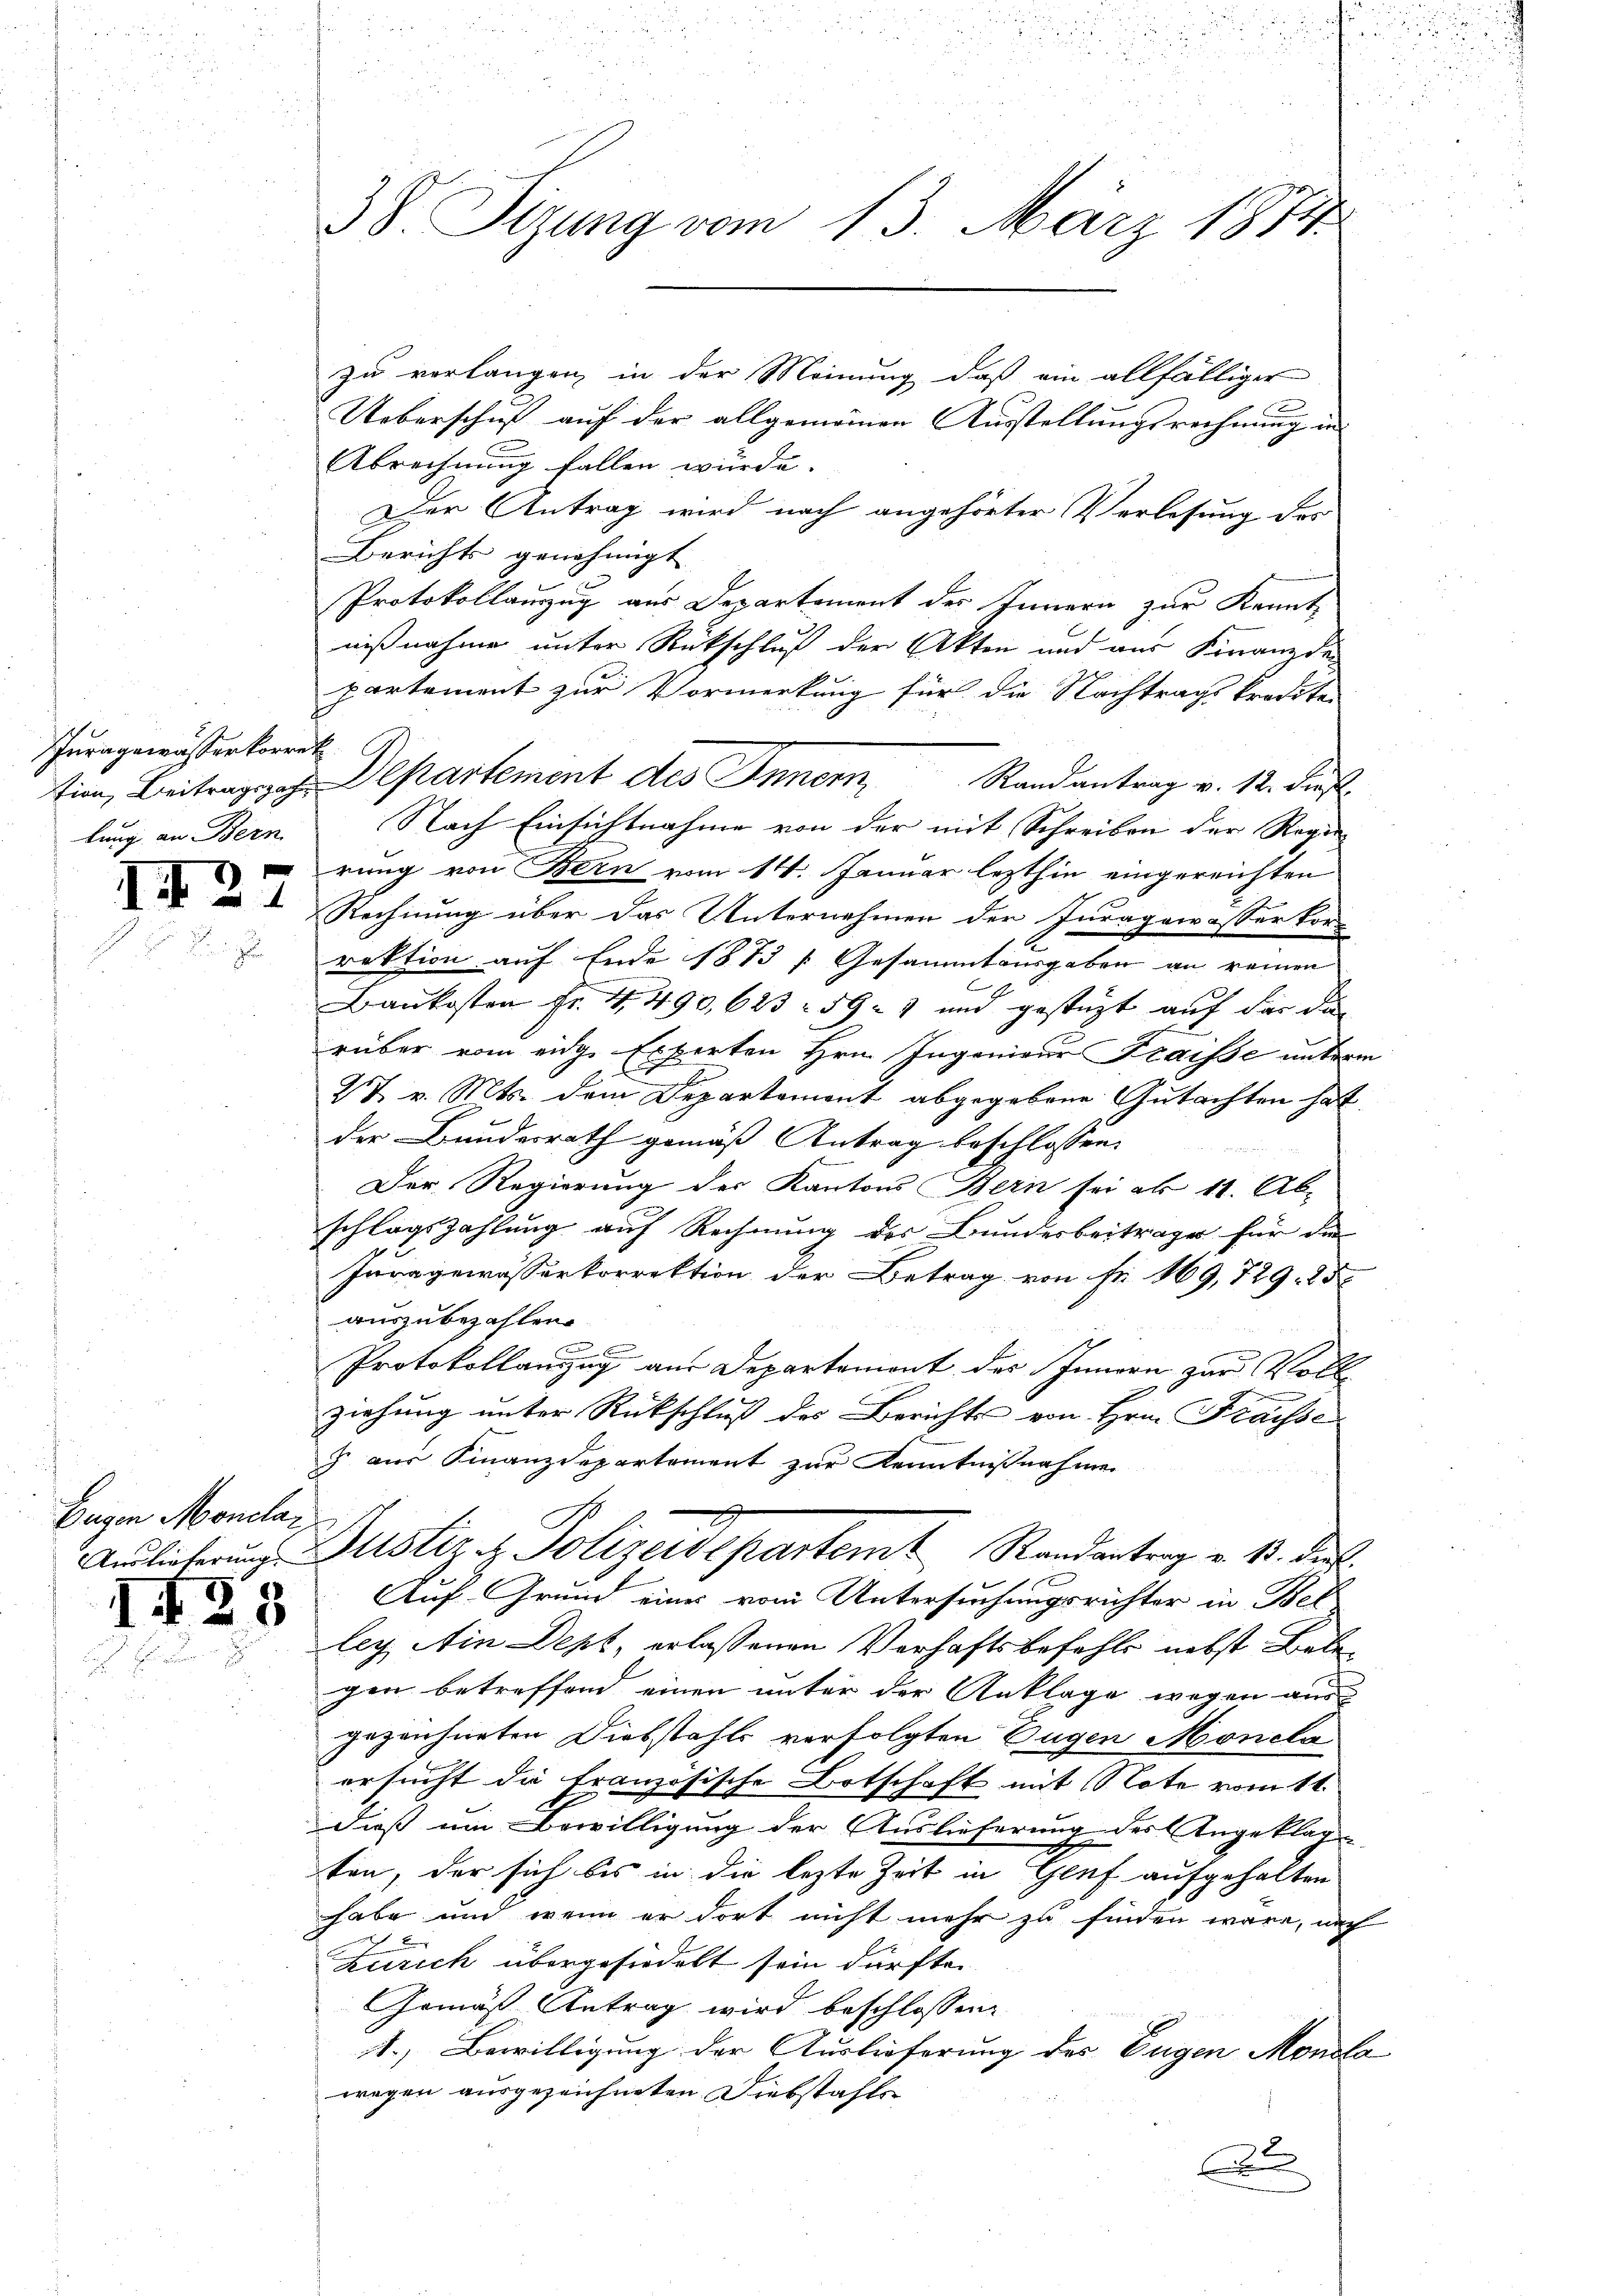
Juragewässerkorrek
lung an Bern

1

Gegen Mondlan

2

1423

2
38. Sizung vom 13. März 1874.

zu verlangen in der Meinung, daß ein allfälliger
C
Ueberschuß auf der allgemeinen Ausstellungsrechnung in
Abrechnung fallen würde.
Der Antrag wird nach angehörter Verlesung des
Berichts genehmigt
Protokollanzug aus Departement des Innern zur Kenntnißnahme unter Rückschluß der Akten und aus Finanzde
partement zur Vormerkung für die Nachtrags kredite
Nach Einsichtnahme von der mit Schreiben der Regie
rung von Bern vom 14. Januar lezthin eingereichten
Rechnung über das Unternehmen der Juragewasser kor-
rektion auf Ende 1873 f. Gesammtausgaben an reinen
Baukosten fr. 4, 490, 623 - 597 und gestüzt auf der die
rüber vom eidge Experten Hrn. Ingenieur Fraisse unterm
1.
2t v. Mts. dem Departement abgegebene Gutachten hat,
der Bundesrath gemäß Antrag beschlossen:
Der Regierung des Kantons Bern sei ab 11. Ab-
schlagszahlung auf Rechnung des Bundesbeitrage für die
Junggewässerkorrektion der Betrag von Fr. 169, 729. 15
auszubezahlen
.
Protokollanzzug aus Departemont des Innern zur Voll¬
3
ziehung unter Rückschluß des Berichts von Hrn. Fraisse
z aus Finanzdepartement zur Kenntnißnahme
Auslicherung Gustiz & Polizeidepartemt Randantrag v. M. darf.
Auf Grund eines vom Untersuchungsrichter in Bet
ley Ain Dept, erlassenen Verhaftsbefehle nebst Bele
gen betreffend einen unter der Anklage wegen aus
gezeichneten Diebstahls verfolgten Tugen Monela
ersucht die französische Botschaft mit Note vom 11.
dieß um Bewilligung der Auslieferung des Angeklag
ten, der sich bis in die lezte Zeit in Genf aufgehalten
habe und wenn er dort nicht mehr zu finden wäre, nach
Zürich übergesiedelt sein dürfte.
Gemäß Antrag wird beschlossen:
1.) Bewilligung der Auslieferung des Eugen Mondla
wegen ausgezeichneten Diebstahls
6
.

tion, Beitragszah. Departement des Inner, Randantrag v. 12. dieß